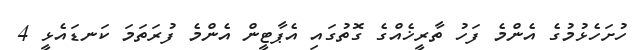
ހުށަހެޅުމުގެ އެންމެ ފަހު ތާރީޚެއްގެ ގޮތުގައި އެޕާޓީން އެންމެ ފުރަތަމަ ކަނޑައެޅީ 4